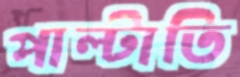
পাল্টাতি